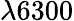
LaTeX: \lambda 6300